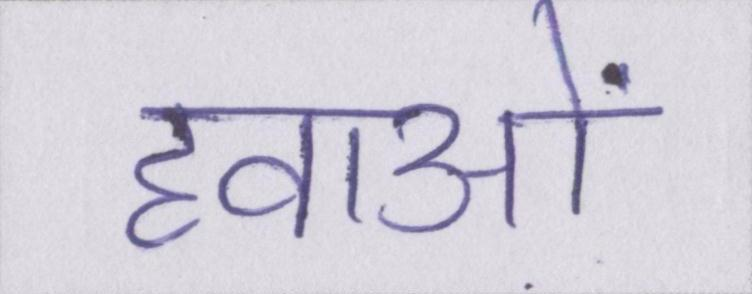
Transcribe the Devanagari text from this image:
हवाओं